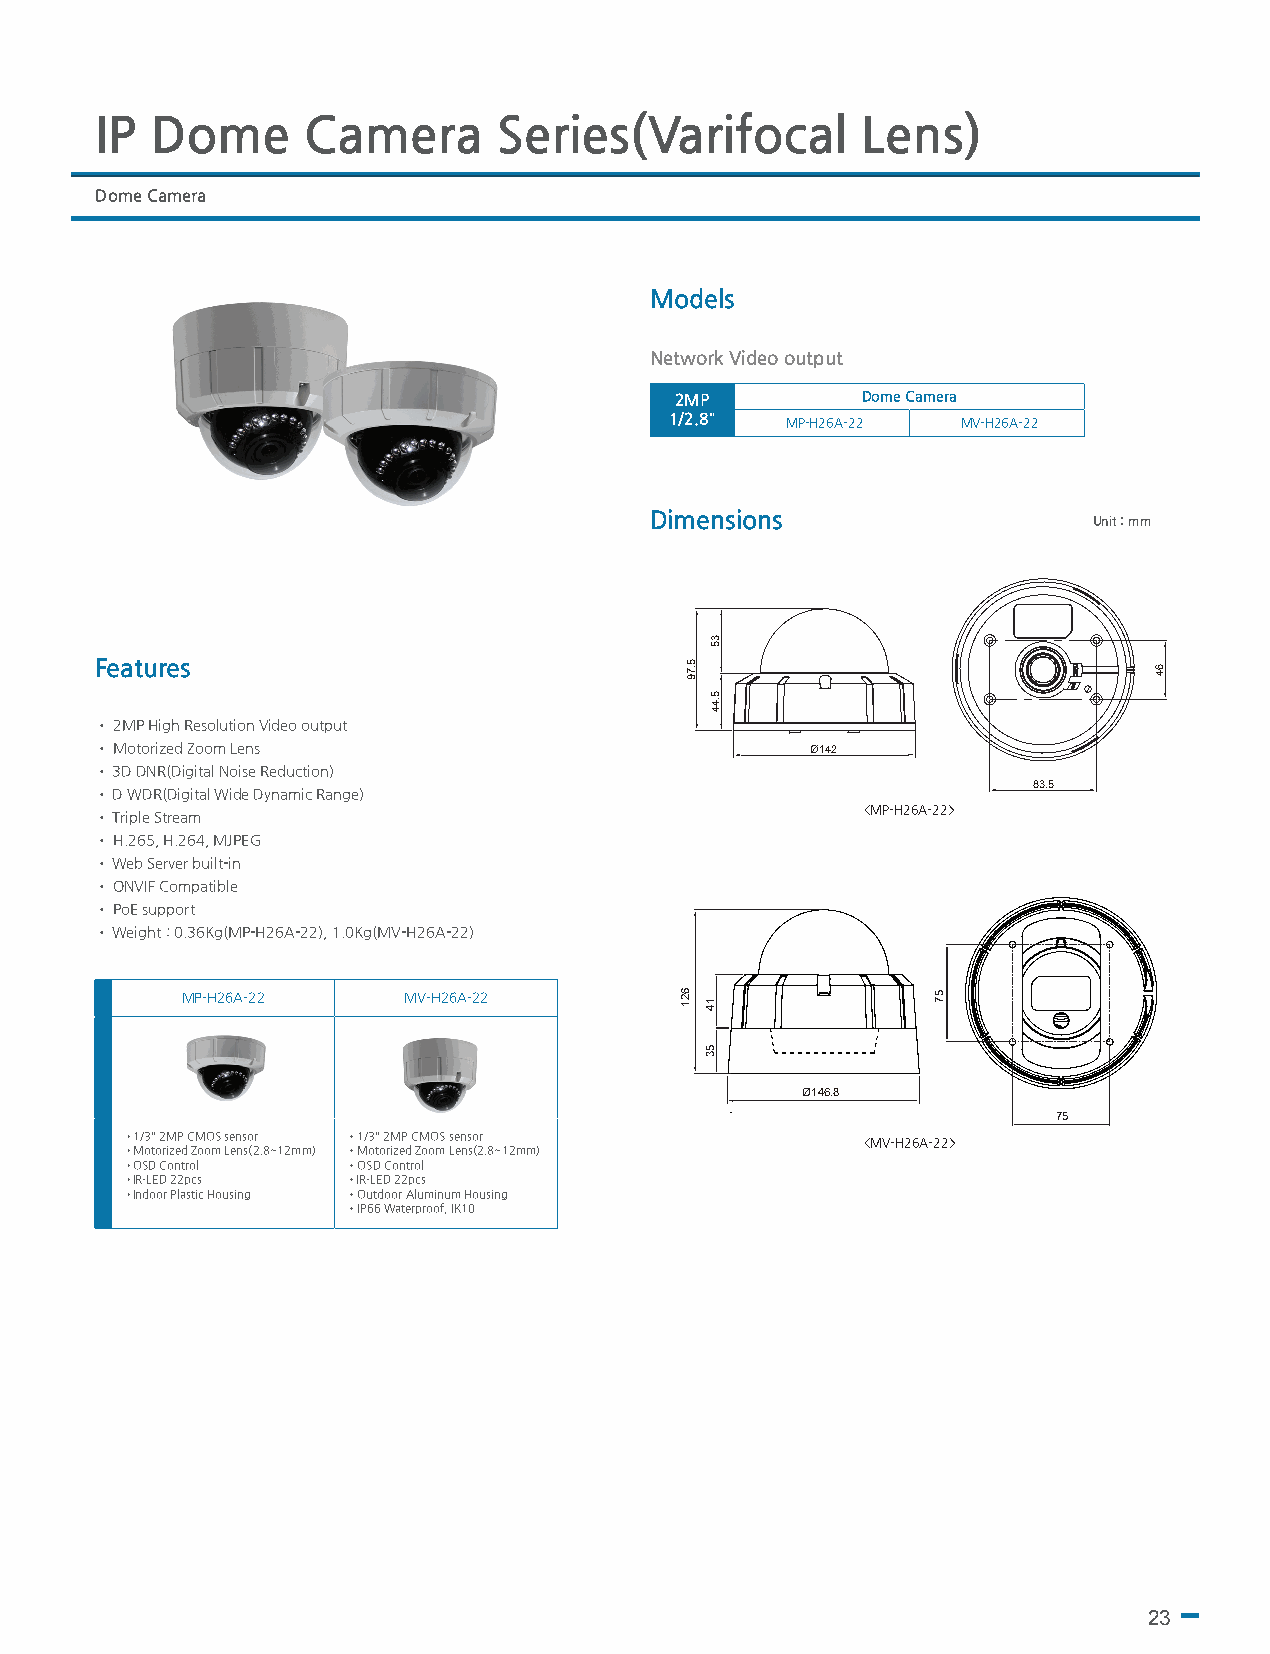
IP  Dome      Camera       Series(Varifocal        Lens)
 Dome Camera
 Models
 Network Video output
 2MP         Dome Camera
 1/2.8"  MP-H26A-22  MV-H26A-22
 Dimensions                   Unit : mm
 Features
 • 2MP High Resolution Video output
 • Motorized Zoom Lens                           Ø142
 • 3D DNR(Digital Noise Reduction)
 83.5
 • D WDR(Digital Wide Dynamic Range)
 <MP-H26A-22>
 • Triple Stream
 • H.265, H.264, MJPEG
 • Web Server built-in
 • ONVIF Compatible
 • PoE support
 • Weight : 0.36Kg(MP-H26A-22), 1.0Kg(MV-H26A-22)
 MP-H26A-22     MV-H26A-22
 Ø146.8
 75
 •1/3" 2MP CMOS sensor •1/3" 2MP CMOS sensor
 <MV-H26A-22>
 •Motorized Zoom Lens(2.8~12mm) •Motorized Zoom Lens(2.8~12mm)
 •OSD Control   •OSD Control
 •IR-LED 22pcs  •IR-LED 22pcs
 •Indoor Plastic Housing •Outdoor Aluminum Housing
 •IP66 Waterproof, IK10
 23
 621
 5.79
 35
 5.44
 14
 53
 57
 64